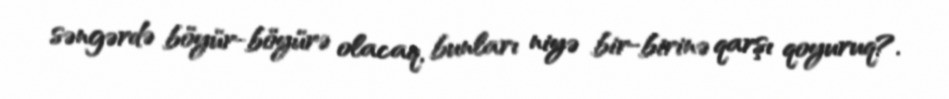
səngərdə böyür-böyürə olacaq, bunları niyə bir-birinə qarşı qoyuruq?.